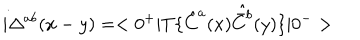
i \Delta ^ { a b } ( x - y ) = < 0 ^ { + } | T \{ \hat { C } ^ { a } ( x ) \hat { \bar { C } ^ { b } } ( y ) \} | 0 ^ { - } >